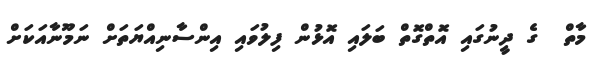
މާތް  ގެ ދީނުގައި އޮތްގޮތް ބަލައި އޮޅުން ފިލުވައި އިންސާނިއްޔަތަށް ނަމޫނާއަކަށް